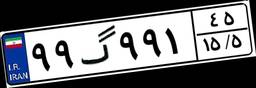
۵۴گ۲۲۶۲۳